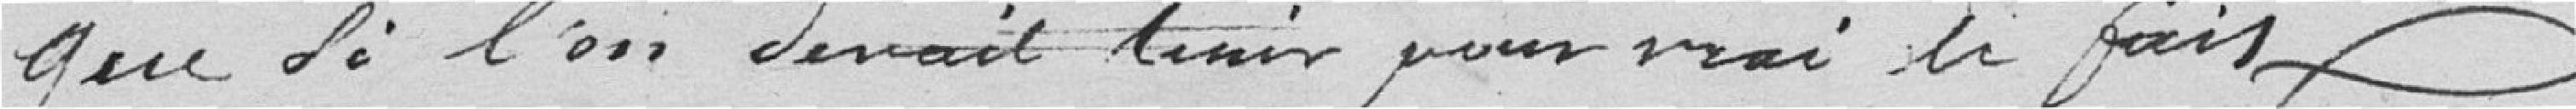
que si l'on devait tenir pour vrai le fait